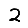
Digit: 2